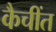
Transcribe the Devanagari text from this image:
कैचींत